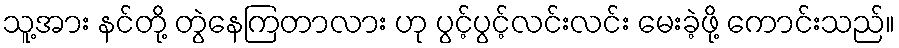
သူ့အား နင်တို့ တွဲနေကြတာလား ဟု ပွင့်ပွင့်လင်းလင်း မေးခဲ့ဖို့ ကောင်းသည်။